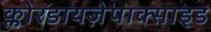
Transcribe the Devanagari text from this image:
क्लोरडायज़ेपाक्साइड